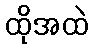
ထိုအထဲ